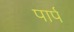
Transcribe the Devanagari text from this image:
पार्प